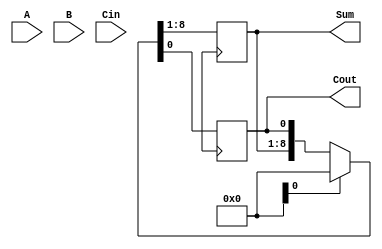
module CarryLookaheadAdder(
    input [7:0] A,
    input [7:0] B,
    input Cin,
    output [7:0] Sum,
    output Cout
);

// Input Registers
reg [7:0] A_reg;
reg [7:0] B_reg;

// XOR Gates
wire [7:0] XOR_out;
generate
    genvar i;
    for(i=0; i<8; i=i+1) begin: xor_gate
        assign XOR_out[i] = A_reg[i] ^ B_reg[i];
    end
endgenerate

// AND Gates
wire [7:0] AND_out;
generate
    genvar i;
    for(i=0; i<8; i=i+1) begin: and_gate
        assign AND_out[i] = A_reg[i] & B_reg[i];
    end
endgenerate

// Carry Lookahead Logic
wire [8:0] P, G;
generate
    genvar i;
    for(i=0; i<8; i=i+1) begin: carry_lookahead
        assign P[i+1] = XOR_out[i];
        assign G[i+1] = A_reg[i] & B_reg[i];
    end
endgenerate

wire [8:0] C;
generate
    genvar i;
    assign C[0] = Cin;
    for(i=1; i<9; i=i+1) begin: carry_gen
        assign C[i] = G[i-1] | (P[i-1] & C[i-1]);
    end
endgenerate

// Output Registers
reg [7:0] Sum_reg;
reg Cout_reg;

always @(posedge Clk) begin
    if(Rst)
        {A_reg, B_reg, Sum_reg, Cout_reg} <= 8'b0;
    else begin
        {A_reg, B_reg} <= {A, B};
        {Sum_reg, Cout_reg} <= {Sum, Cout};
    end
end

assign Cout = Cout_reg;
assign Sum = Sum_reg;

endmodule